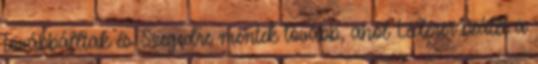
továbbálltak és Szegedre mentek tovább, ahol Léderer beállt a